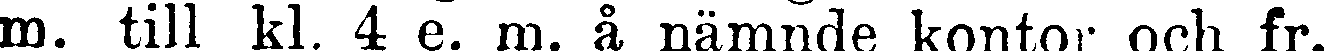
m. till kl. 4 e. m. å nämnde kontor och fr.